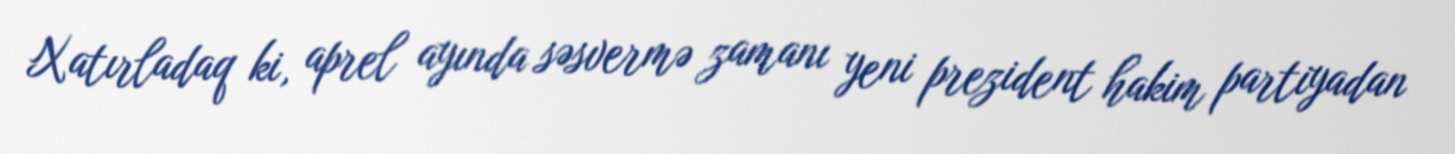
Xatırladaq ki, aprel ayında səsvermə zamanı yeni prezident hakim partiyadan